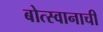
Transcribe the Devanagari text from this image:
बोत्स्वानाची